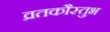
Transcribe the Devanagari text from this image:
व्रतकौस्तुभ